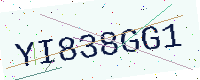
Text: YI838GG1